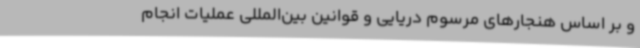
و بر اساس هنجارهای مرسوم دریایی و قوانین بین‌المللی عملیات انجام